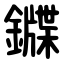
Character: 䥡